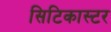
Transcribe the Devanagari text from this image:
सिटिकास्टर